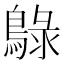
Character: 鵦